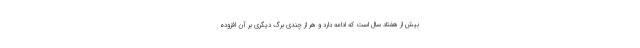
بیش از هفتاد سال است که ادامه دارد و هر از چندی برگ دیگری بر آن افزوده